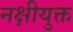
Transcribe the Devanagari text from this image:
नक्षीयुक्त